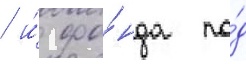
/ и́ фо́нда по́д